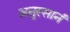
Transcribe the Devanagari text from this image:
अनुस्सानं